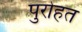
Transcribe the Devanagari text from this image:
पुरोहत